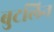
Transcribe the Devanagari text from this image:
बुटलिन